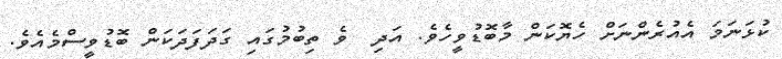
ކުޅަނަމަ އެއުރެންނަށް ހެޔޮކަން މާބޮޑުވީހެވެ. އަދި  ވެ ތިބުމުގައި ގަދަފަދަކަން ބޮޑުވީސްމެއެވެ.